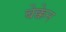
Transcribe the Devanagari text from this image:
बेक्केन